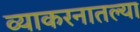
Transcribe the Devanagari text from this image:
व्याकरनातल्या